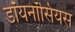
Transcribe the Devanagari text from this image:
डॉयनॉसियस